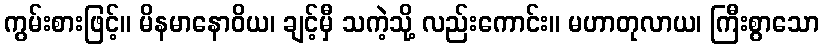
ကွမ်းစားဖြင့်။ မိနမာနောဝိယ၊ ချင့်မှီ သကဲ့သို့ လည်းကောင်း။ မဟာတုလာယ၊ ကြီးစွာသော